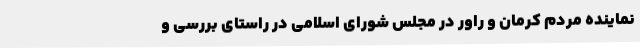
نماینده مردم کرمان و راور در مجلس شورای اسلامی در راستای بررسی و